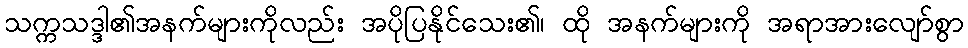
သက္ကသဒ္ဒါ၏အနက်များကိုလည်း အပိုပြနိုင်သေး၏၊ ထို အနက်များကို အရာအားလျော်စွာ